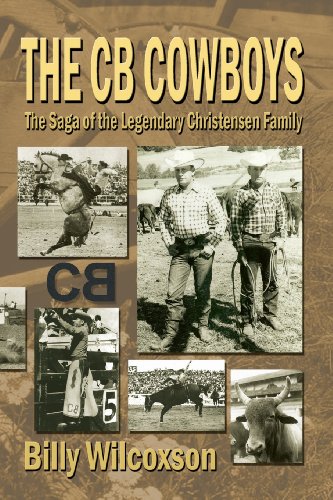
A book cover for The CB Cowboys: The Saga of the Legendary Christensen Family; Billy Wilcoxson; Sports & Outdoors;